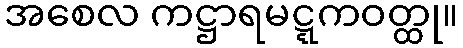
အစေလ ကဋ္ဌာရမဋ္ဋကဝတ္ထု။